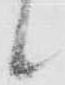
候